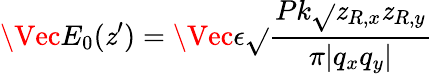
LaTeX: \Vec{E_{0}}(\mathit{z}^{\prime})=\Vec{\epsilon}\sqrt{}{{\frac{{Pk\sqrt{}{{\mathit{z}_{R,x}\mathit{z}_{R,y}}}}}{{\pi|q_{x}q_{y}|}}}}